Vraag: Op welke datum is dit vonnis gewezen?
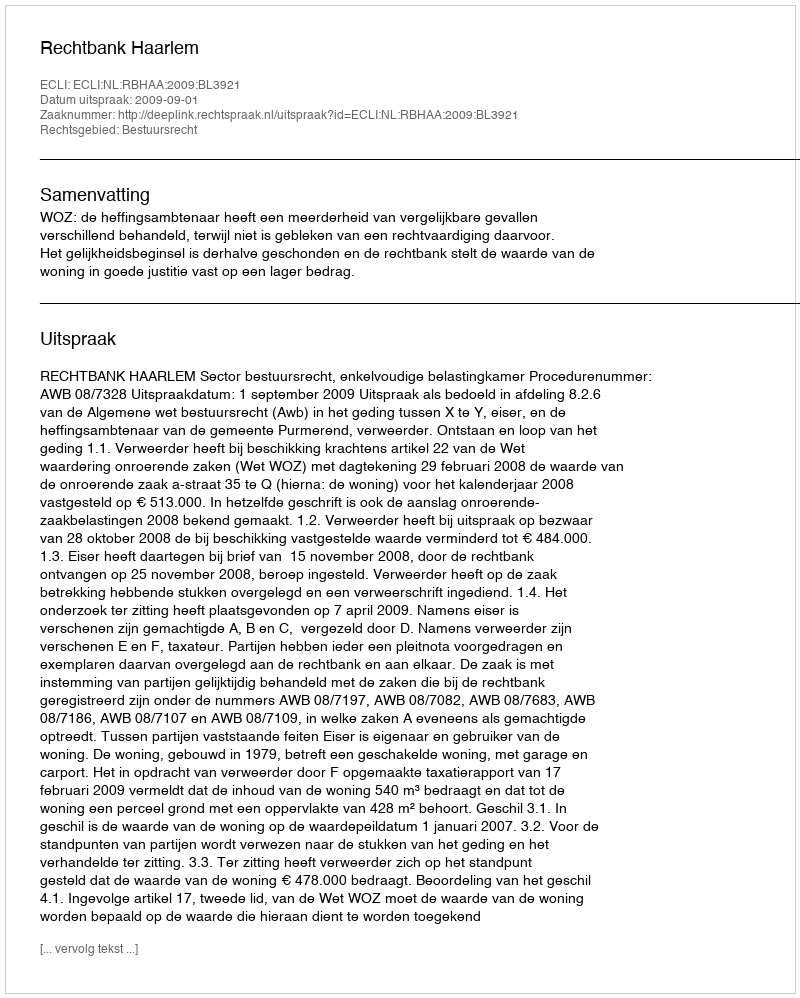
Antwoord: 2009-09-01